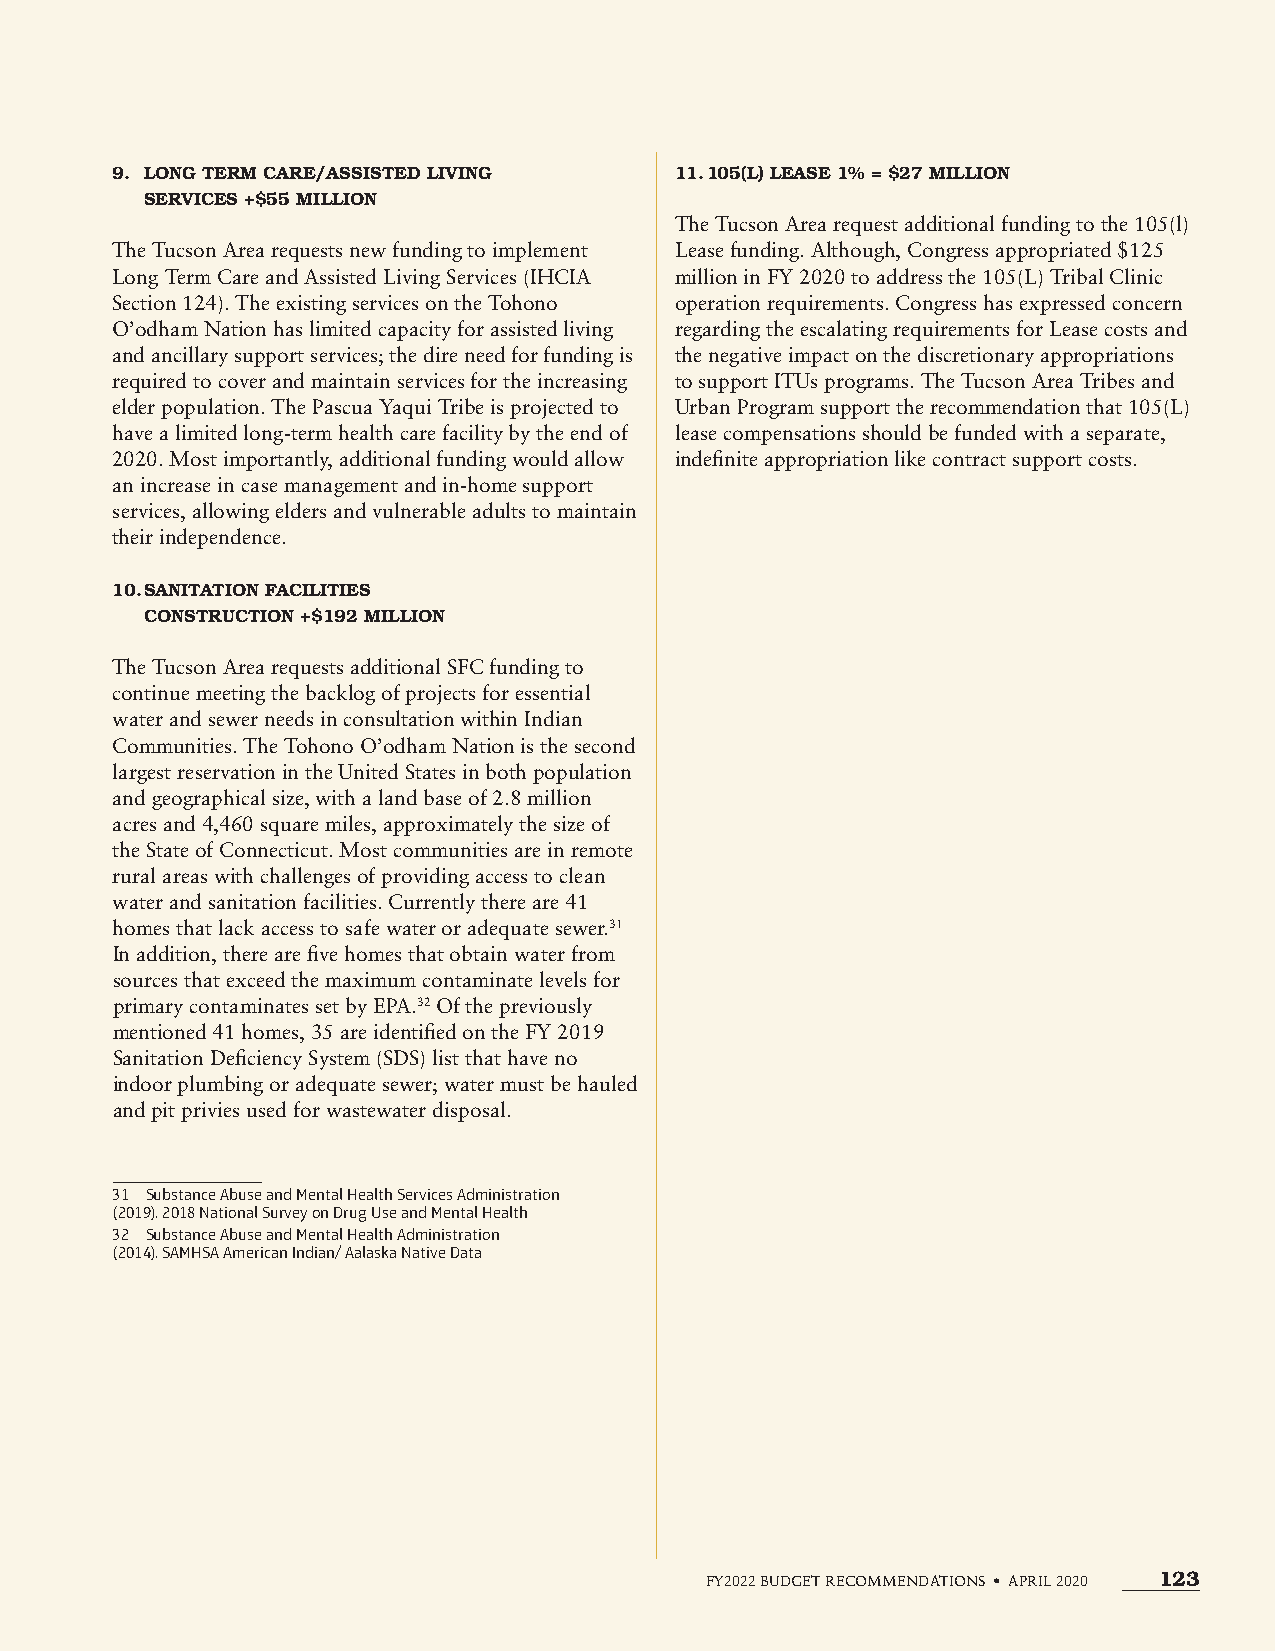
9. LONG TERM CARE/ASSISTED LIVING     11. 105(L) LEASE 1% = $27 MILLION
 SERVICES +$55 MILLION
 The Tucson Area request additional funding to the 105(l)
 The Tucson Area requests new funding to implement Lease funding. Although, Congress appropriated $125
 Long Term Care and Assisted Living Services (IHCIA million in FY 2020 to address the 105(L) Tribal Clinic
 Section 124). The existing services on the Tohono operation requirements. Congress has expressed concern
 O’odham Nation has limited capacity for assisted living regarding the escalating requirements for Lease costs and
 and ancillary support services; the dire need for funding is the negative impact on the discretionary appropriations
 required to cover and maintain services for the increasing to support ITUs programs. The Tucson Area Tribes and
 elder population. The Pascua Yaqui Tribe is projected to Urban Program support the recommendation that 105(L)
 have a limited long-term health care facility by the end of lease compensations should be funded with a separate,
 2020. Most importantly, additional funding would allow indefinite appropriation like contract support costs.
 an increase in case management and in-home support
 services, allowing elders and vulnerable adults to maintain
 their independence.
 10. SANITATION FACILITIES
 CONSTRUCTION +$192 MILLION
 The Tucson Area requests additional SFC funding to
 continue meeting the backlog of projects for essential
 water and sewer needs in consultation within Indian
 Communities. The Tohono O’odham Nation is the second
 largest reservation in the United States in both population
 and geographical size, with a land base of 2.8 million
 acres and 4,460 square miles, approximately the size of
 the State of Connecticut. Most communities are in remote
 rural areas with challenges of providing access to clean
 water and sanitation facilities. Currently there are 41
 homes that lack access to safe water or adequate sewer.31
 In addition, there are five homes that obtain water from
 sources that exceed the maximum contaminate levels for
 primary contaminates set by EPA.32 Of the previously
 mentioned 41 homes, 35 are identified on the FY 2019
 Sanitation Deficiency System (SDS) list that have no
 indoor plumbing or adequate sewer; water must be hauled
 and pit privies used for wastewater disposal.
 31 Substance Abuse and Mental Health Services Administration
 (2019). 2018 National Survey on Drug Use and Mental Health
 32 Substance Abuse and Mental Health Administration
 (2014). SAMHSA American Indian/ Aalaska Native Data
 FY2022 BUDGET RECOMMENDATIONS • APRIL 2020 123